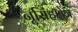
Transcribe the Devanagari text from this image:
नृसिंहक्षेत्र